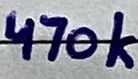
Text: 470k